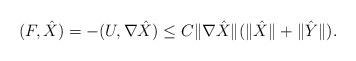
LaTeX: \begin{align*} (F, \hat{X}) = -(U,\nabla \hat{X}) \leq C\|\nabla\hat{X}\|(\|\hat{X}\| + \|\hat{Y}\|).\end{align*}